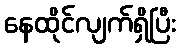
နေထိုင်လျက်ရှိပြီး